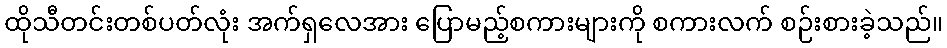
ထိုသီတင်းတစ်ပတ်လုံး အက်ရှလေအား ပြောမည့်စကားများကို စကားလက် စဉ်းစားခဲ့သည်။